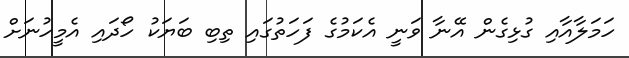
ހަމަލާއާއި ގުޅިގެން އޭނާ ވަނީ އެކަމުގެ ފަހަތުގައި ތިބި ބަޔަކު ހޯދައި އެމީހުނަށް